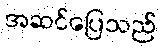
အဆင်ပြေသည်